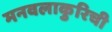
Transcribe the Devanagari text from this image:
मनवलाकुरिची